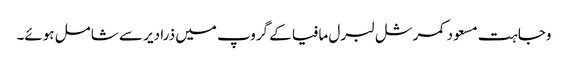
وجاہت مسعود کمرشل لبرل مافیا کے گروپ میں ذرا دیر سے شامل ہوئے۔